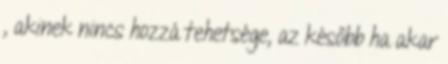
, akinek nincs hozzá tehetsége, az később ha akar